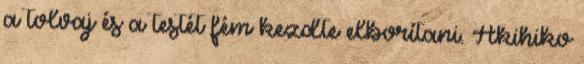
a tolvaj és a testét fém kezdte elborítani. Akihiko